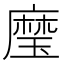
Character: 𰢍